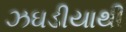
ઝઘડીયાથી